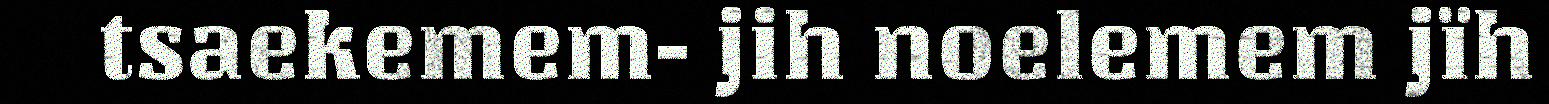
tsaekemem- jih noelemem jïh